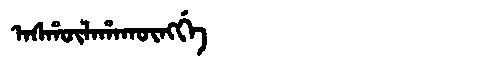
Manchu: ᠠᠰᡥᡡᠯᠠᡥᠠᡴᡡᠩᡤᡝ
Romanization: ASHŪLAHAKŪNGGE